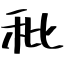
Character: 秕